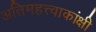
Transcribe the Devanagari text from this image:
अतिमहत्त्वाकांक्षी